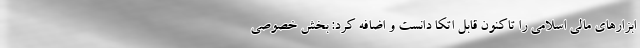
ابزارهای مالی اسلامی را تاکنون قابل اتکا دانست و اضافه کرد: بخش خصوصی